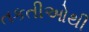
તકતીઓથી